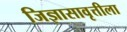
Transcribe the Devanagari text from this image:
जिज्ञासावृत्तीला